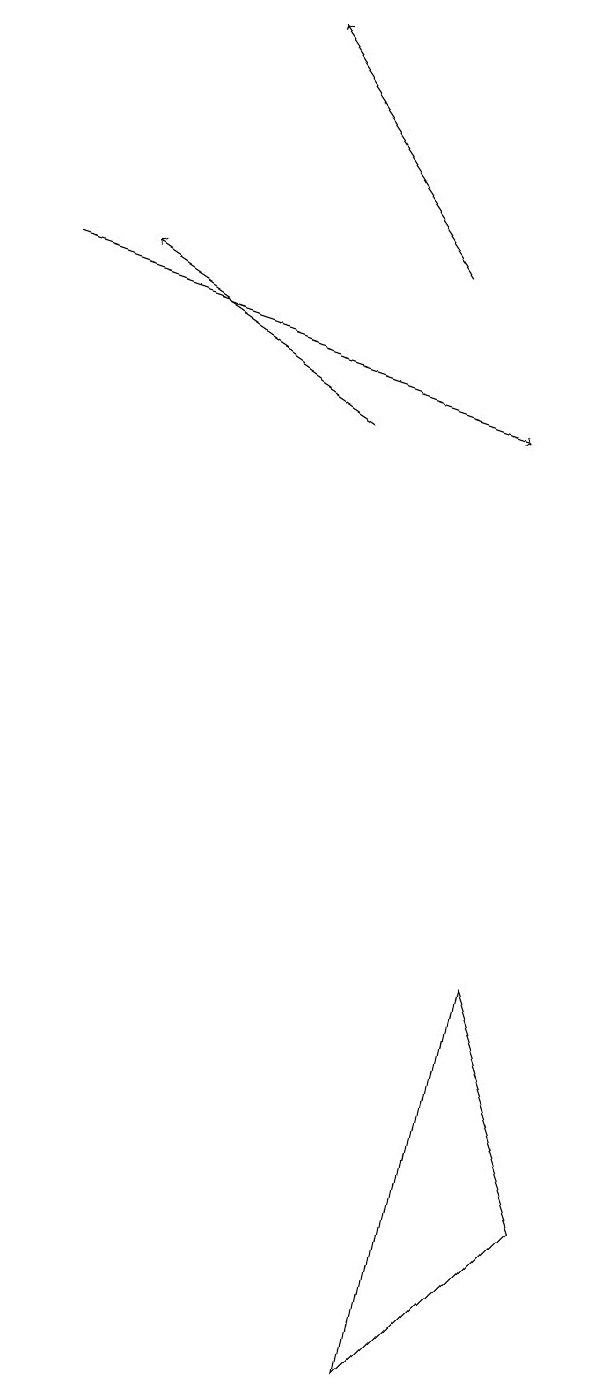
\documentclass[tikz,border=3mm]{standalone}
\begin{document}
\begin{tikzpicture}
\draw[->] (2,14) -- (8,12);
\draw (9,2) -- (8,5) -- (7,0) -- cycle;
\draw[->] (6,12) -- (3,14);
\draw[->] (7,14) -- (5,17);
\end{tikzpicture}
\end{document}